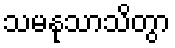
သမနုသာသိတွာ